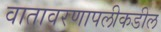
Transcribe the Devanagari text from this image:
वातावरणापलीकडील